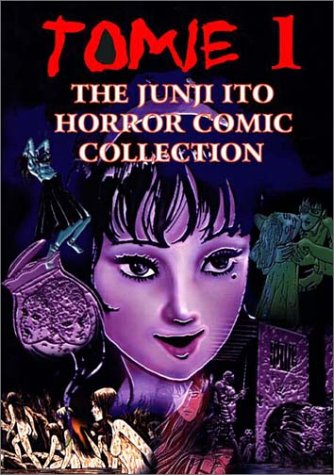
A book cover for Tomie, Volume 1; Junji Ito; Comics & Graphic Novels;